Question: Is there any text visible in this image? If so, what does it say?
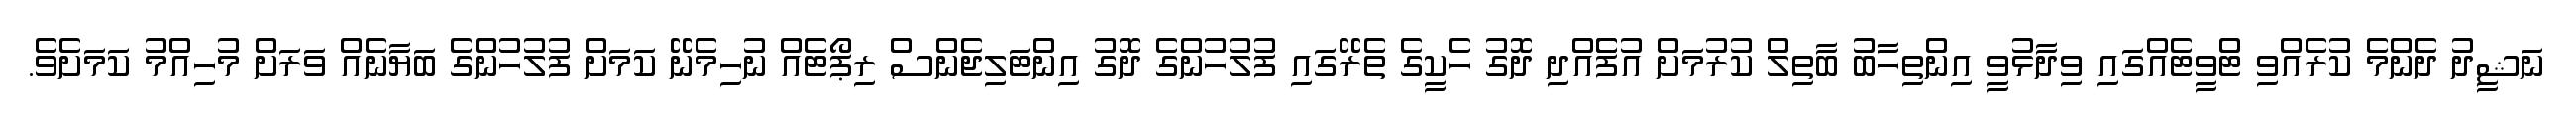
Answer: ނަޝީދު ދެންމެ ކުރެއްވި ޓްވީޓެއްގައި ވިދާޅުވީ އިންތިހާބު ބާތިލް ކުރުމަށް އުފެެއްދި ދޮގު ހެކީގެ ތެރޭގައި ފުލުހުންގެ ދޮގު އިންޓަލިޖެންސް ރިޕޯޓެއް ނުހިމެނޭ ކަމަށް ފުލުހުންގެ ބަޔާނެއް ވަރަށް މުހިއްމު ކަމަށެވެ.